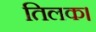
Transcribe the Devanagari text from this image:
तिलक।